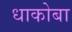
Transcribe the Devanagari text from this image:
धाकोबा